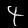
Digit: 4